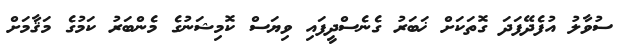
ސުވާލު އުފެދޭފަދަ ގޮތަކަށް ޚަބަރު ގެނެސްދީފައި ވިޔަސް ކޮމިޝަނުގެ މެންބަރު ކަމުގެ މަޤާމަށް